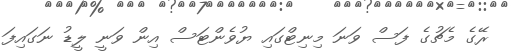
ރޭގެ މެޗުގެ ފަސް ވަނަ މިނިޓްގައި ޔުވެންޓަސް އިން ވަނީ ލީޑު ނަގައިފަ